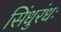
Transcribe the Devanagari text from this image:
सिंधुरंधः